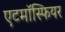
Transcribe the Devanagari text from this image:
एटमॉस्फियर